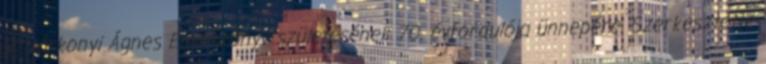
R. Várkonyi Ágnes Emlékkönyv születésének 70. évfordulója ünnepére. Szerkesztette